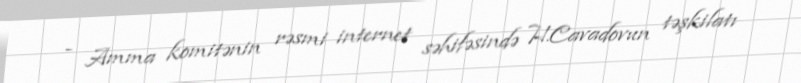
- Amma komitənin rəsmi internet səhifəsində H.Cavadovun təşkilatı